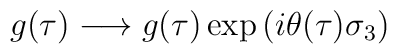
g(\tau ) \longrightarrow g(\tau ) \exp \left( i\theta (\tau )\sigma _3\right)